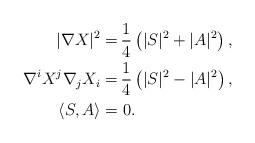
LaTeX: \begin{align*}|\nabla X|^2 =&\, \frac{1}{4} \left (|S|^2 + |A|^2\right ) ,\\\nabla^i X^j \nabla_j X_i =&\, \frac{1}{4} \left ( |S|^2 - |A|^2\right ) ,\\\left \langle S,A\right \rangle =&\ 0.\end{align*}